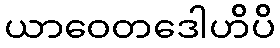
ယာဝေတဒေါဟိပိ